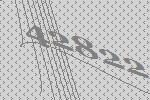
42822